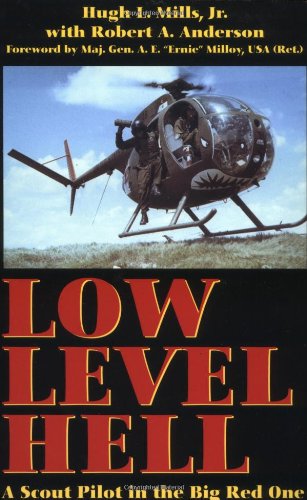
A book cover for Low Level Hell; Hugh Mills; History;